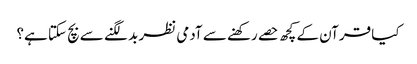
کیا قرآن کے کچھ حصے رکھنے سے آدمی نظر بد لگنے سے بچ سکتا ہے؟